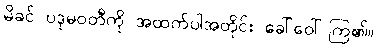
မိခင် ပဒုမဝတီကို အထက်ပါအတိုင်း ခေါ်ဝေါ်ကြ၏။